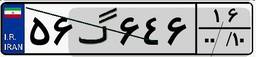
۵۶گ۶۴۶۱۶